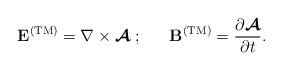
\begin{align*}{\bf E}^{\rm (TM)} = \nabla\times\mbox{\boldmath$\cal A$} \; ;\;\;\;\;\;\; {\bf B}^{\rm (TM)} = {\partial \mbox{\boldmath$\cal A$}\over \partial t}.\end{align*}